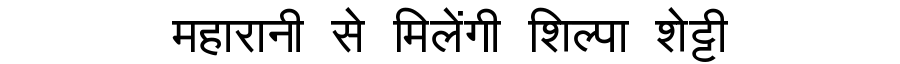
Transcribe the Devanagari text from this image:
महारानी से मिलेंगी शिल्पा शेट्टी